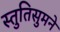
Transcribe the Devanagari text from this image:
स्तुतिसुमने